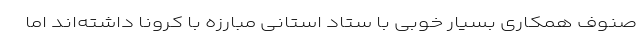
صنوف همکاری بسیار خوبی با ستاد استانی مبارزه با کرونا داشته‌اند اما